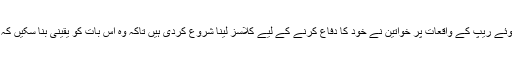
دوسری جانب بھارت میں بڑھتے ہوئے ریپ کے واقعات پر خواتین نے خود کا دفاع کرنے کے لیے کلاسز لینا شروع کردی ہیں تاکہ وہ اس بات کو یقینی بنا سکیں کہ ریپ کا اگلا شکار وہ نہیں ہوں گی۔